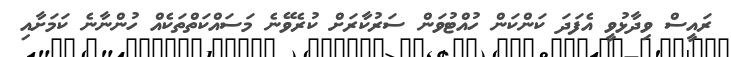
ރައީސް ވިދާޅުވީ އެފަދަ ކަންކަން ހުއްޓުވަން ސަރުކާރަށް ކުރެވޭނެ މަސައްކަތްތަކެއް ހުންނާނެ ކަމަށާއި